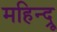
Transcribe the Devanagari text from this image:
महिन्द्रू